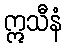
ဣသီနံ